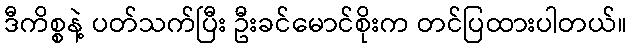
ဒီကိစ္စနဲ့ ပတ်သက်ပြီး ဦးခင်မောင်စိုးက တင်ပြထားပါတယ်။